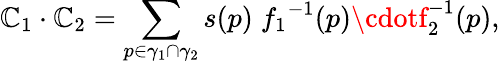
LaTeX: \mathbb{C}_{1}\cdot\mathbb{C}_{2}=\sum_{p\in\gamma_{1}\cap\gamma_{2}}s(p)\; {f_{1}}^{-1}(p)\cdotf_{2}^{-1}(p),